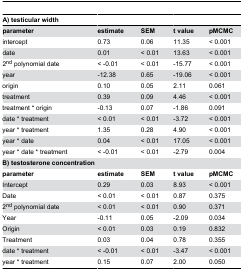
| A) testicular width |  |  |  |  |
 | --- | --- | --- | --- | --- |
 | parameter | estimate | SEM | t value | pMCMC |
 | intercept | 0.73 | 0.06 | 11.35 | < 0.001 |
 | date | 0.01 | < 0.01 | 13.63 | < 0.001 |
 | 2nd polynomial date | < -0.01 | < 0.01 | -15.77 | < 0.001 |
 | year | -12.38 | 0.65 | -19.06 | < 0.001 |
 | origin | 0.10 | 0.05 | 2.11 | 0.061 |
 | treatment | 0.39 | 0.09 | 4.46 | < 0.001 |
 | treatment * origin | -0.13 | 0.07 | -1.86 | 0.091 |
 | date * treatment | < 0.01 | < 0.01 | -3.72 | < 0.001 |
 | year * treatment | 1.35 | 0.28 | 4.90 | < 0.001 |
 | year * date | 0.04 | < 0.01 | 17.05 | < 0.001 |
 | year * date * treatment | < -0.01 | < 0.01 | -2.79 | 0.004 |
 | <COLSPAN=2> B) testosterone concentration |  |  |  |
 | parameter | estimate | SEM | t value | pMCMC |
 | Intercept | 0.29 | 0.03 | 8.93 | < 0.001 |
 | Date | < 0.01 | < 0.01 | 0.87 | 0.375 |
 | 2nd polynomial date | < 0.01 | < 0.01 | 0.90 | 0.371 |
 | Year | -0.11 | 0.05 | -2.09 | 0.034 |
 | Origin | < 0.01 | 0.03 | 0.19 | 0.832 |
 | Treatment | 0.03 | 0.04 | 0.78 | 0.355 |
 | date * treatment | < -0.01 | < 0.01 | -3.47 | < 0.001 |
 | year * treatment | 0.15 | 0.07 | 2.00 | 0.050 |